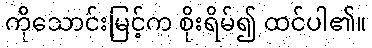
ကိုသောင်းမြင့်က စိုးရိမ်၍ ထင်ပါ၏။